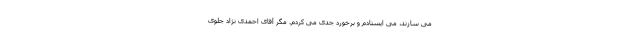
می سازند، می ایستادم و برخورد جدی می کردم. مگر آقای احمدی نژاد جلوی